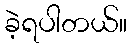
ခဲ့ရပါတယ်။